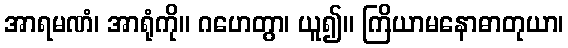
အာရမဏံ၊ အာရုံကို။ ဂဟေတွာ၊ ယူ၍။ ကြိယာမနောဓာတုယာ၊